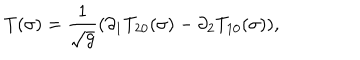
T ( \sigma ) = \frac { 1 } { \sqrt { g } } ( \partial _ { 1 } T _ { 2 0 } ( \sigma ) - \partial _ { 2 } T _ { 1 0 } ( \sigma ) ) ,